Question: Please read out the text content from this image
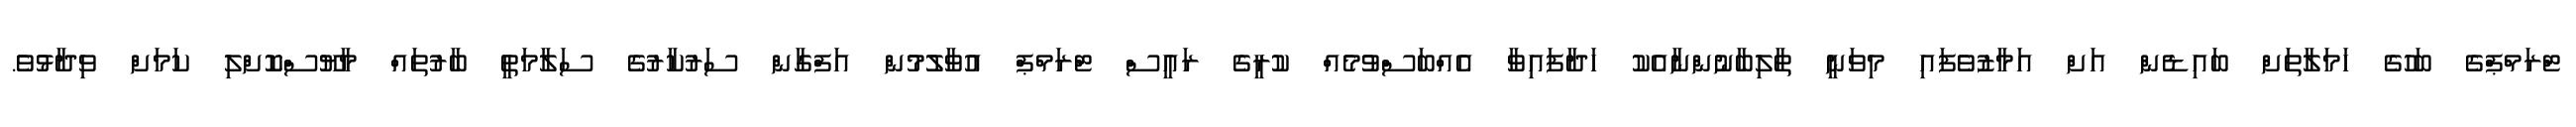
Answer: ޓްރަމްޕްގެ ބަހުގެ ހަމަލާތަށް ބައިޑެން އަށް އަމާޒުވެފައި މިވަނީ ތާލިބާނުންނާއެކު ހަދާފައިވާ އެއްބަސްވުމެއް ކުރީގެ ރައީސް ޓްރަމްޕް އުވާލުމުން އަފްގާން ސަރުކާރުގެ ސަލާމަތީ ބާރުތައް މާޔޫސްކޮށްލި ކަމަށް ވިދާޅުވެ.